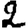
Digit: 2